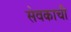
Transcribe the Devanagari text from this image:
सेवकाची